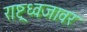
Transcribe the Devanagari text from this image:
राष्ट्रध्वजावर